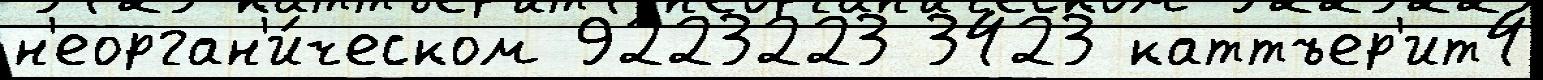
н'еорган'и́ческом 9223223 3423 каттъер'ит4